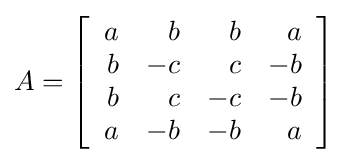
A=\left[{\begin{array}{rrrr}a&b&b&a\\b&-c&c&-b\\b&c&-c&-b\\a&-b&-b&a\end{array}}\right]